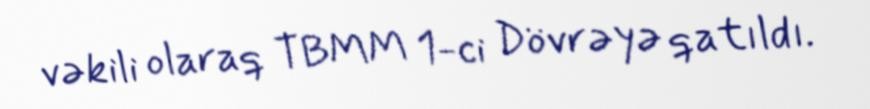
vəkili olaraq TBMM 1-ci Dövrəyə qatıldı.